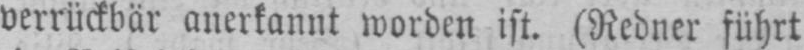
verrückbar anerkannt worden ist. (Redner führt